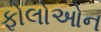
ફોલોઓન